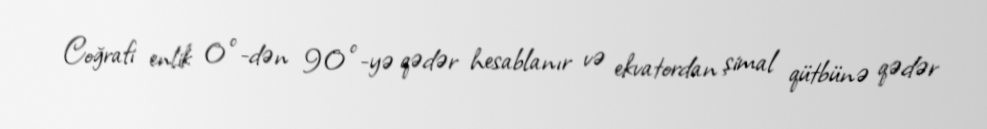
Coğrafi enlik 0°-dən 90°-yə qədər hesablanır və ekvatordan şimal qütbünə qədər